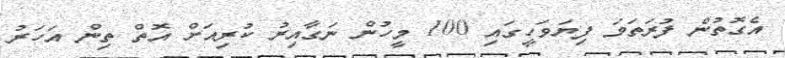
އެގޮތުން ފުރަތަމަ ފިޔަވަހީގައި 100 މީހުން ނަގާއިރު ކުރިއަށް އޮތް ތިން އަހަރު